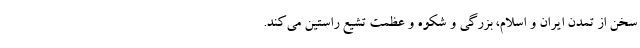
سخن از تمدن ایران و اسلام، بزرگی و شکوه و عظمت تشیع راستین می‌کند.